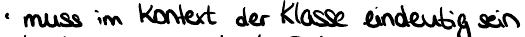
muss im Kontext der Klasse eindeutig sein